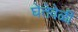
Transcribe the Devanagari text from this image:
घेतेवेळी